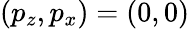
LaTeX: (p_{z},p_{x})=(0,0)